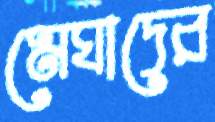
মেঘাদের